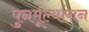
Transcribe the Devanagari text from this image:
पुनर्मूल्यांगन